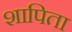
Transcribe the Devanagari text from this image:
शापिता